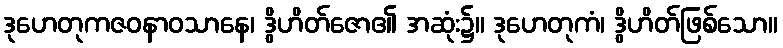
ဒုဟေတုကဇဝနာဝသာနေ၊ ဒွိဟိတ်ဇော၏ အဆုံး၌။ ဒုဟေတုကံ၊ ဒွိဟိတ်ဖြစ်သော။